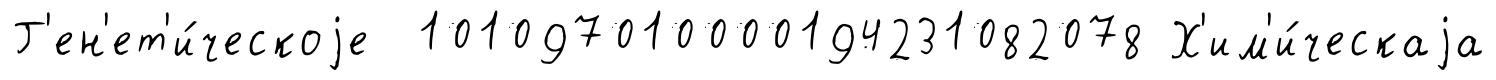
Г'ен'ет'и́ческоjе 101097010000194231082078 Х'им'и́ческаjа